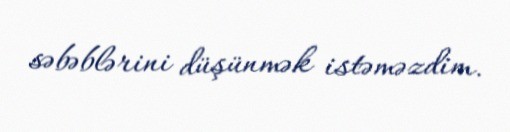
səbəblərini düşünmək istəməzdim.